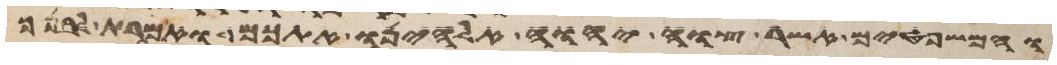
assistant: והמשפטים אשר צוה יהוה אלהינו אתכם ואמרת לבנך